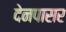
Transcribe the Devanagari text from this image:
देनपासर